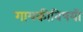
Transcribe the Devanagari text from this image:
गायकीविषयी